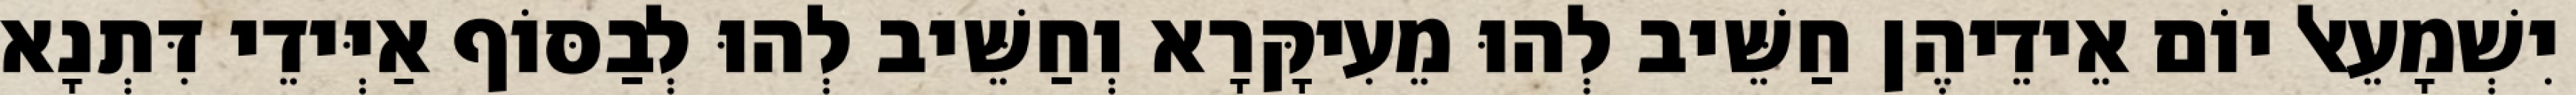
יִשְׁמָעֵאל יוֹם אֵידֵיהֶן חַשֵּׁיב לְהוּ מֵעִיקָּרָא וְחַשֵּׁיב לְהוּ לְבַסּוֹף אַיְּידֵי דִּתְנָא